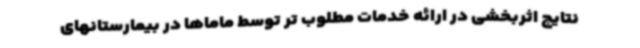
نتایج اثربخشی در ارائه خدمات مطلوب تر توسط ماماها در بیمارستانهای